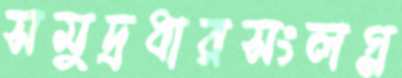
সমুদ্রধারসংলগ্ন